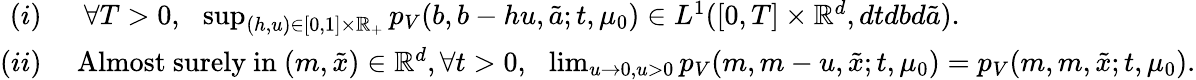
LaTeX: \begin{array}{rl}{(i)}&{~~\forall T>0,~~\operatorname*{sup}_{(h,u)\in[0,1]\times{\mathbb R}_{+}}p_{V}(b,b-hu,\tilde{a};t,{\mu_{0}})\in L^{1}([0,T]\times{\mathbb R}^{d},dtdbd\tilde{a}).}\\ {(ii)}&{\mathrm{~Almost~surely~in~}(m,\tilde{x})\in{\mathbb R}^{d},\forall t>0,~~\operatorname*{lim}_{u\rightarrow 0,u>0}p_{V}(m,m-u,\tilde{x};t,{\mu_{0}})=p_{V}(m,m,\tilde{x};t,{\mu_{0}}).}\end{array}